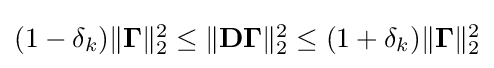
{\textstyle (1-\delta _{k})\|\mathbf {\Gamma } \|_{2}^{2}\leq \|\mathbf {D\Gamma } \|_{2}^{2}\leq (1+\delta _{k})\|\mathbf {\Gamma } \|_{2}^{2}}